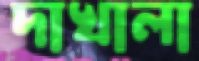
দাখালা